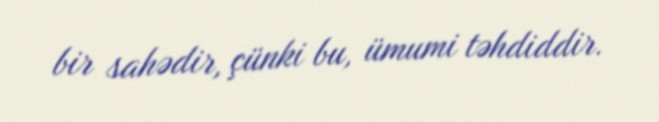
bir sahədir, çünki bu, ümumi təhdiddir.